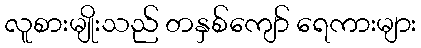
လူစားမျိုးသည် တနှစ်ကျော် ရေကားများ